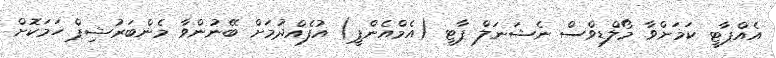
އެއްޕާޓީ ކަމަށްވާ މޯލްޑިވްސް ނެޝަނަލް ޕާޓީ (އެމްއެންޕީ) އުފެއްދުމަށް ބޭނުންވާ މެންބަރުޝިޕް ހަމަކޮށް